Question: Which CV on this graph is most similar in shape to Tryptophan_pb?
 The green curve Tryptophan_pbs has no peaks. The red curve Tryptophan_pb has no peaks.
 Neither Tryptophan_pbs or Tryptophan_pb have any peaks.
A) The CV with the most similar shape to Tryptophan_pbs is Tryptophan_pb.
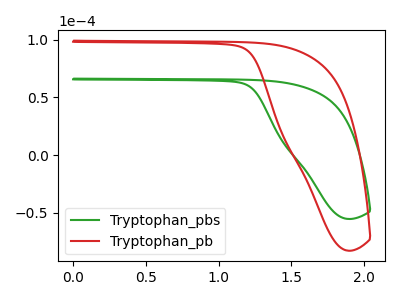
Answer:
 <answer>A) The CV with the most similar shape to "Tryptophan_pbs" is "Tryptophan_pb".</answer>
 <eval>A</eval>